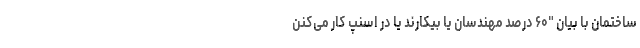
ساختمان با بیان "۶۰ درصد مهندسان یا بیکارند یا در اسنپ کار می‌کنن